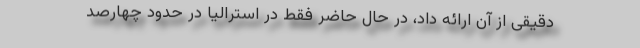
دقیقی از آن ارائه داد، در حال حاضر فقط در استرالیا در حدود چهارصد